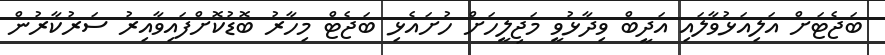
ބަޖެޓަށް އަލިއަޅުވާލައި އަދީބް ވިދާޅުވީ މަޖިލީހަށް ހުށައެޅި ބަޖެޓް މިހާރު ބޮޑުކޮށްފައިވާއިރު ސަރުކާރުން